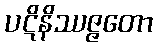
ပဋိနိဿဇ္ဇတော